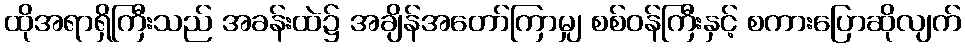
ထိုအရာရှိကြီးသည် အခန်းထဲ၌ အချိန်အတော်ကြာမျှ စစ်ဝန်ကြီးနှင့် စကားပြောဆိုလျက်